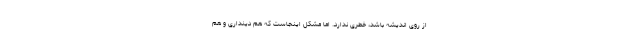
از روی اندیشه باشد، خطری ندارد. اما مشکل اینجاست که هم دینداری و هم